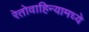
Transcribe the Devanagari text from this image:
रेतोवाहिन्यामध्ये